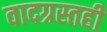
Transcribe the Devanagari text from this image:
वादग्रस्तही